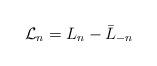
LaTeX: \begin{align*}{\cal L }_n = L_n - \bar L_{-n} \ \end{align*}